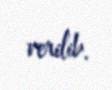
verilib.